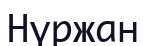
Нүржан